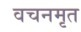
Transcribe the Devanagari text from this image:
वचनमृत